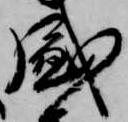
盛